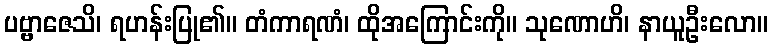
ပဗ္ဗာဇေသိ၊ ရဟန်းပြု၏။ တံကာရဏံ၊ ထိုအကြောင်းကို။ သုဏောဟိ၊ နာယူဦးလော။